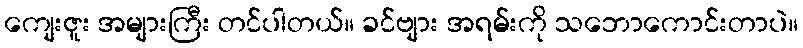
ကျေးဇူး အများကြီး တင်ပါတယ်။ ခင်ဗျား အရမ်းကို သဘောကောင်းတာပဲ။